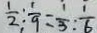
\frac { 1 } { 2 } : \frac { 1 } { 9 } = \frac { 1 } { 3 } : \frac { 1 } { 6 }